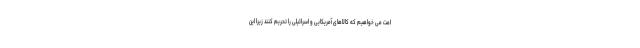
امت می خواهیم که کالاهای آمریکایی و اسرائیلی را تحریم کنند زیرا این